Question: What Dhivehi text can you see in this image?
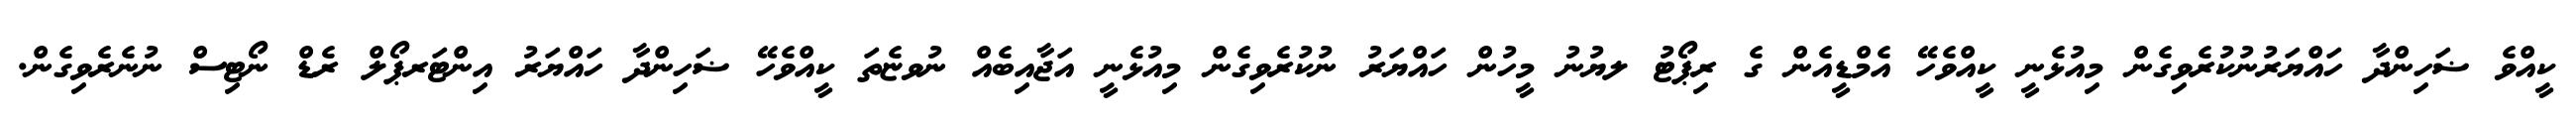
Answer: ކީއްވެ ޟަހިންދާ ހައްޔަރުނުކުރެވިގެން މިއުޅެނީ ކީއްވެހޭ އެމްޑީއެން ގެ ރިޕޯޓު ލޔުނު މީހުން ހައްޔަރު ނުކުރެވިގެން މިއުޅެނީ އަޖާއިބެއް ނުވޏެތަ ކީއްވެހޭ ޟަހިންދާ ހައްޔަރު އިންޓަރޕޯލް ރެޑް ނޯޓިސް ނުނެރެވިގެން.